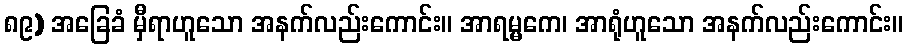
၈၉) အခြေခံ မှီရာဟူသော အနက်လည်းကောင်း။ အာရမ္မကေ၊ အာရုံဟူသော အနက်လည်းကောင်း။